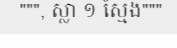
""", ស្លា ១ ស្មែង"""